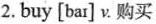
2.buy [bar] ν.购买